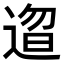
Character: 𬨰